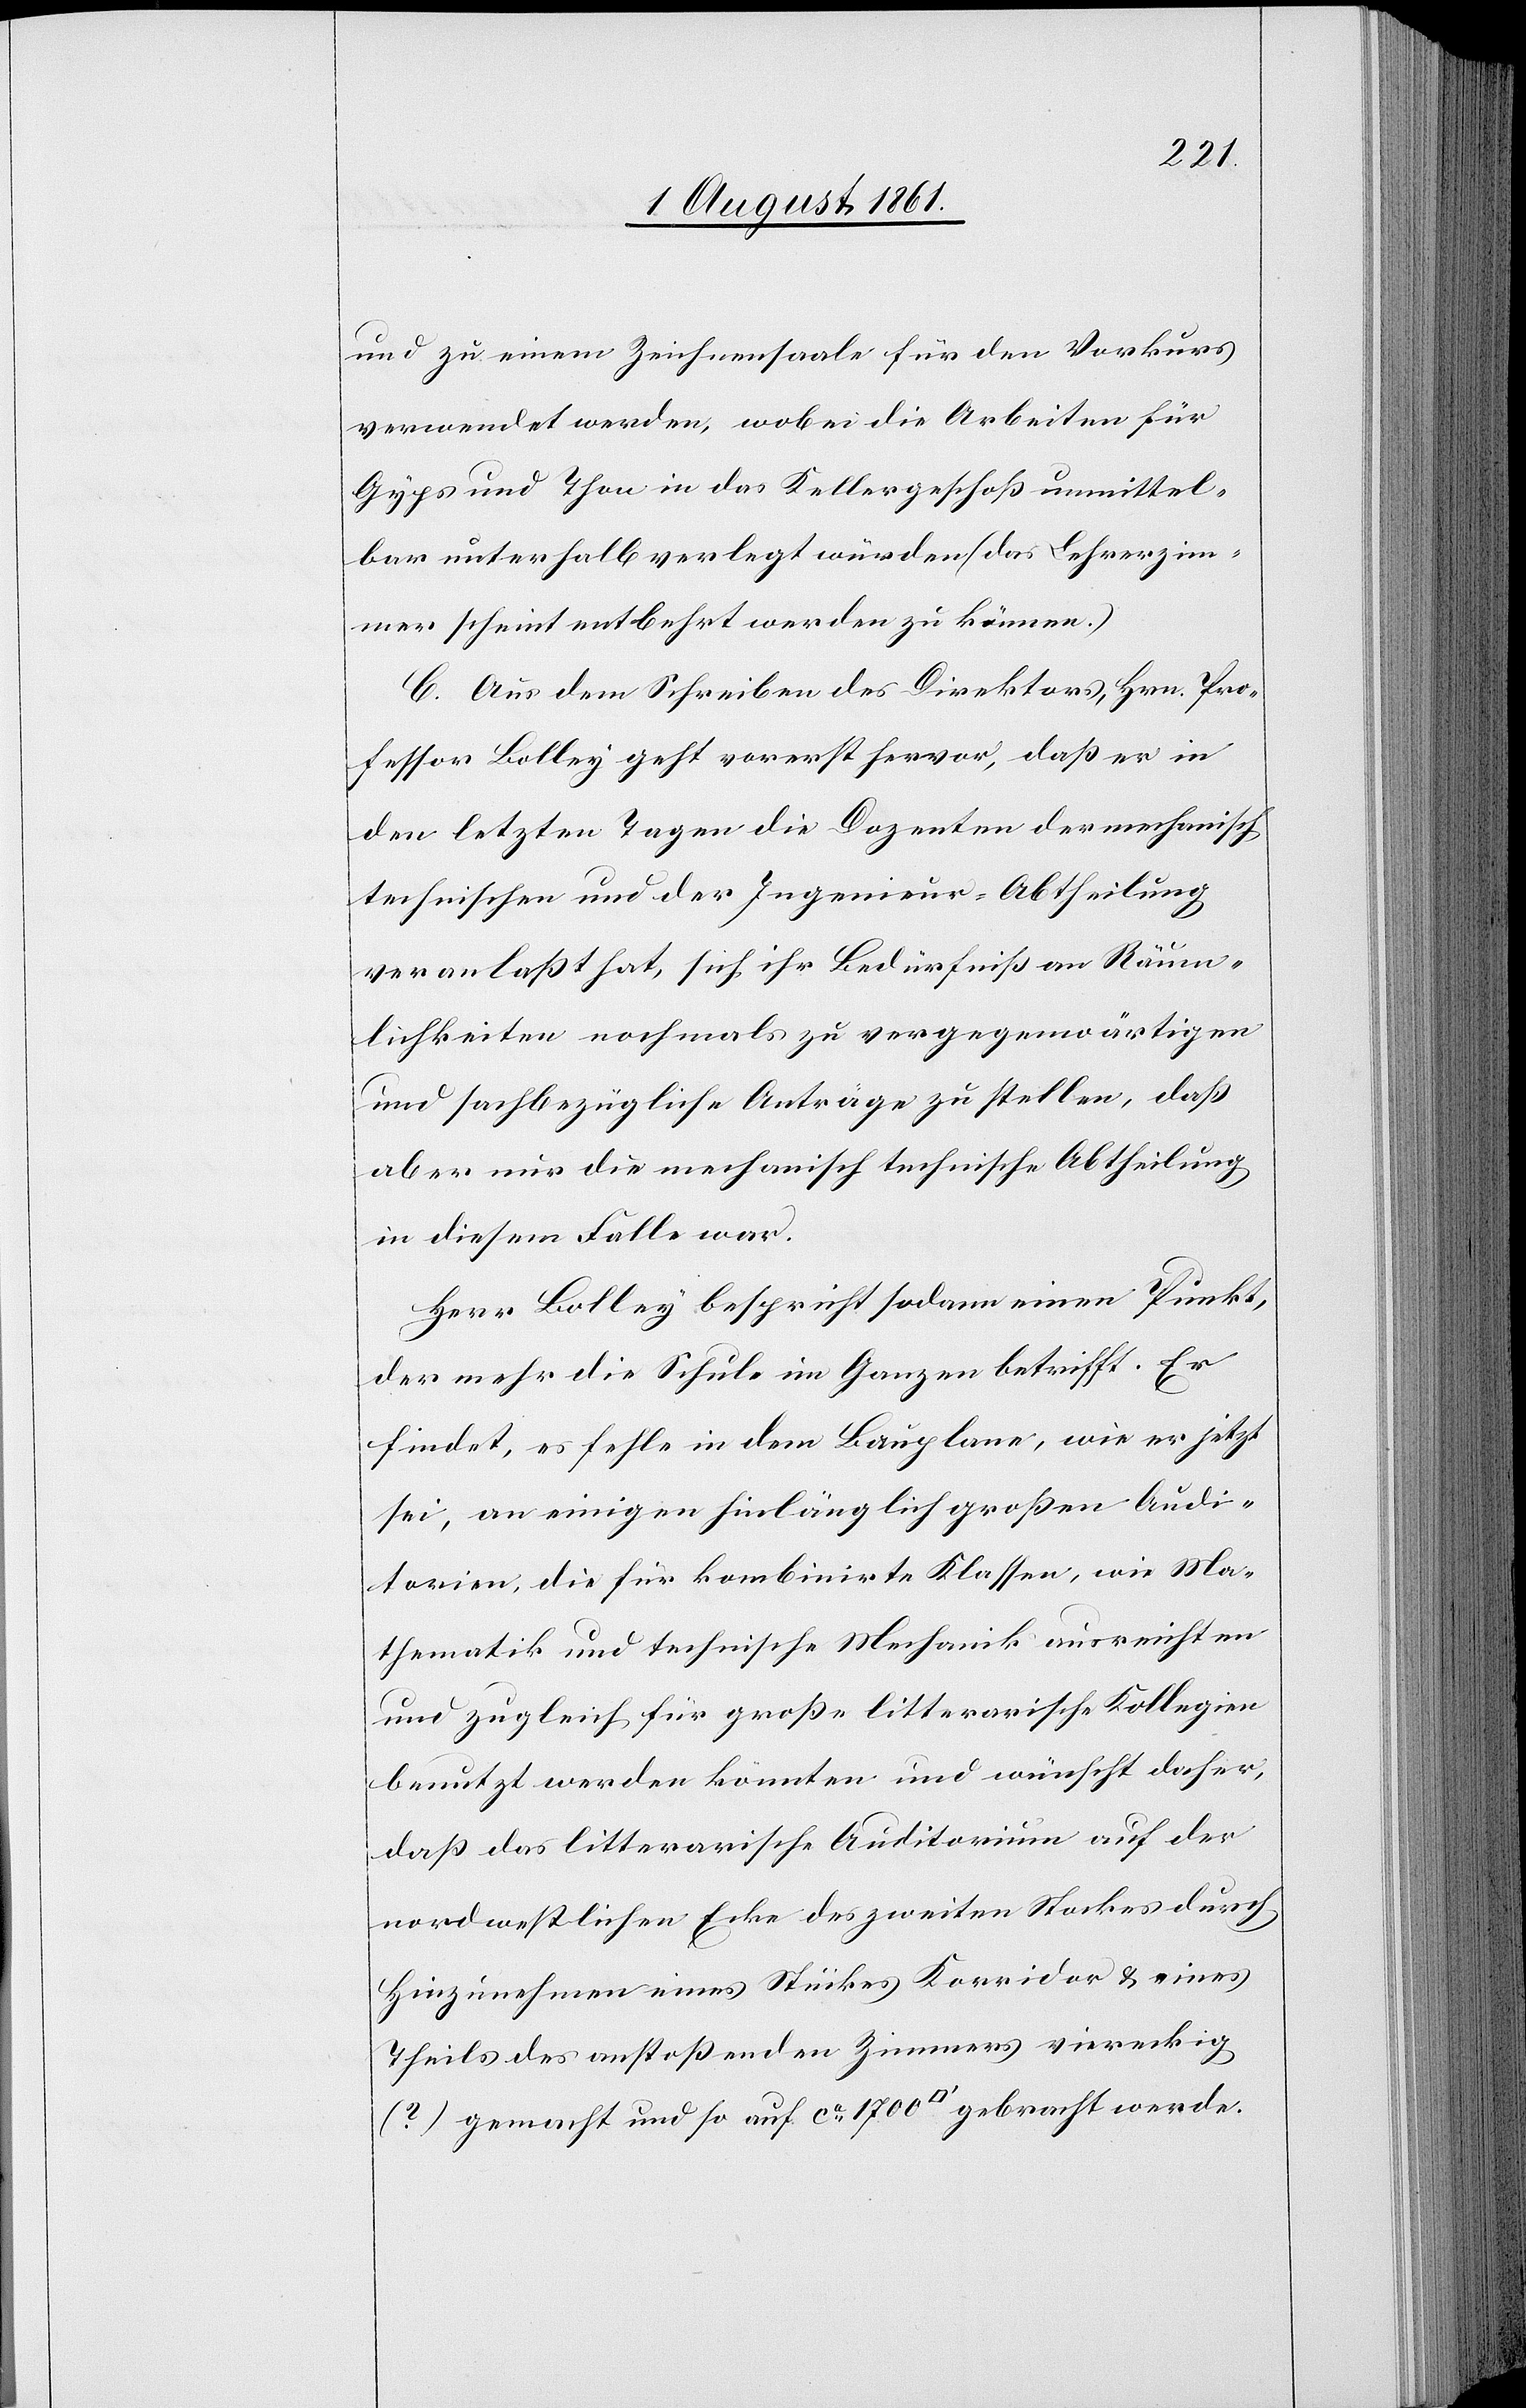
und zu einem Zeichensaale für den Vorkurs
verwendet werden, wobei die Arbeiten für
Gyps und Thon in das Kellergeschoß unmittel¬
bar unterhalb verlegt würden (das Lehrerzim¬
mer scheint entbehrt werden zu können.)
C. Aus dem Schreiben des Direktors, Hrn. Pro¬
fessor Bolley geht vorerst hervor, daß er in
den letzten Tagen die Dozenten der mechanisch
technischen und der Ingenieur-Abtheilung
veranlaßt hat, sich ihr Bedürfniß an Räum¬
lichkeiten nochmals zu vergegenwärtigen
und sachbezügliche Anträge zu stellen, daß
aber nur die mechanisch technische Abtheilung
in diesem Falle war.
Herrn Bolley bespricht sodann einen Punkt,
der mehr die Schule im Ganzen betrifft. Er
findet, es fehle in dem Bauplane, wie er jetzt
sei, an einigen hinlänglich großen Audi¬
torien, die für kombinirte Klassen, wie Ma¬
thematik und technische Mechanik ausreichten
und zugleich für große litterarische Kollegien
benutzt werden könnten und wünscht daher,
daß das litterarische Auditorium auf der
nordwestlichen Ecke des zweiten Stockes durch
Hinzunehmen eines Stückes Korridor u. eines
Theils des anstoßenden Zimmers viereckig
(?) gemacht und so auf ca 1700 [Quadratfuß] gebracht werde.